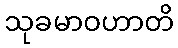
သုခမာဝဟာတိ